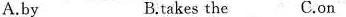
A.by B.takes the C.on